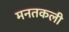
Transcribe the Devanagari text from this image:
मनतकली